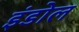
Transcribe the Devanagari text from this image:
इंडोल